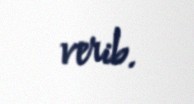
verib.